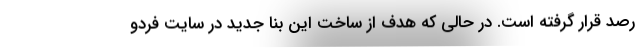
رصد قرار گرفته است. در حالی که هدف از ساخت این بنا جدید در سایت فردو